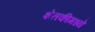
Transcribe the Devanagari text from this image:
शेतकीमध्ये